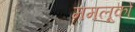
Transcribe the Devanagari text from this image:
ममलूकों